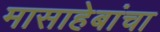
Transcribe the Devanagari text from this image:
मासाहेबांचा